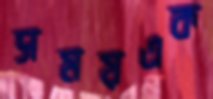
সময়এক